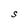
Character: S